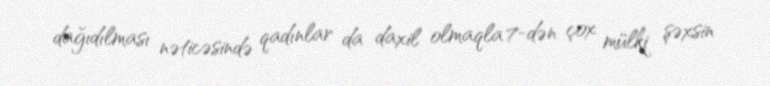
dağıdılması nəticəsində qadınlar da daxil olmaqla 7-dən çox mülki şəxsin